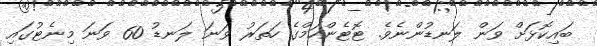
ބައިކޮޅަށް ވަން ލަނޑުންނެވެ. ޓޮޓެންހަމްގެ ހަތަރު ވަނަ ލަނޑު 60 ވަނަ މިނެޓުގައި